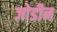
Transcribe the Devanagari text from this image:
जोडीन